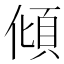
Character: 傾